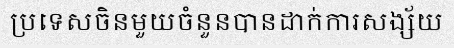
ប្រទេសចិនមួយចំនួនបានដាក់ការសង្ស័យ